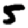
Digit: 5